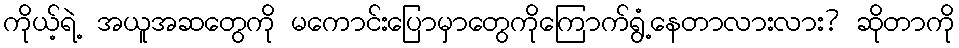
ကိုယ့်ရဲ့ အယူအဆတွေကို မကောင်းပြောမှာတွေကိုကြောက်ရွံ့နေတာလားလား? ဆိုတာကို